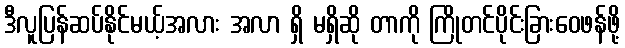
ဒီလူပြန်ဆပ်နိုင်မယ့်အလား အလာ ရှိ မရှိဆို တာကို ကြိုတင်ပိုင်းခြားဝေဖန်ဖို့